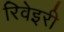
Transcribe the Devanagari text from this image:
रिवेइरी